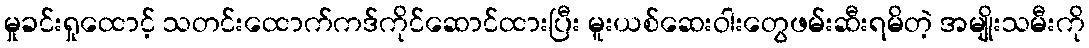
မှုခင်းရှုထောင့် သတင်းထောက်ကဒ်ကိုင်ဆောင်ထားပြီး မူးယစ်ဆေးဝါးတွေဖမ်းဆီးရမိတဲ့ အမျိုးသမီးကို